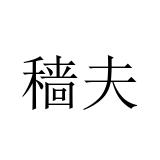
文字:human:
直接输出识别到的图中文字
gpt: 穑夫